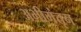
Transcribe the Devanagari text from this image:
अभीमंतृन